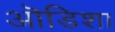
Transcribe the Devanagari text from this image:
ऒडिशा